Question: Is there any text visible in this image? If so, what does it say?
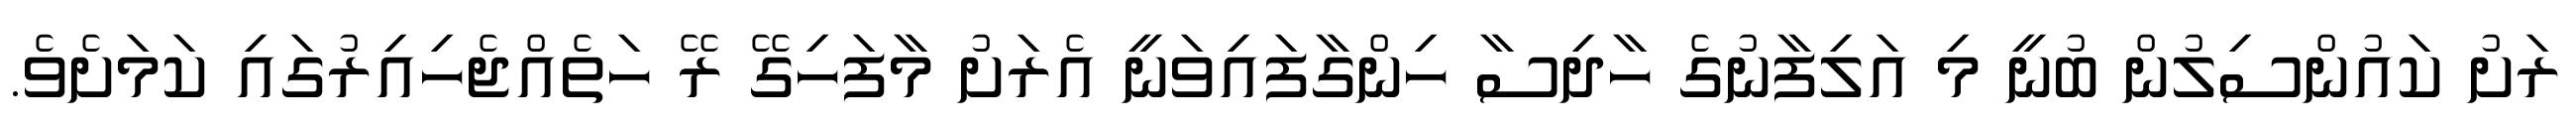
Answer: ރަށު ކައުންސިލުން ބުނީ މި އަލިފާނުގެ ހާދިސާ ހިންގާފައިވަނީ އެރަށު މާފަހިގޭ ރޭ ހަތެއްޖެހިއިރުގައި ކަމަށެވެ.